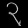
Digit: ၃